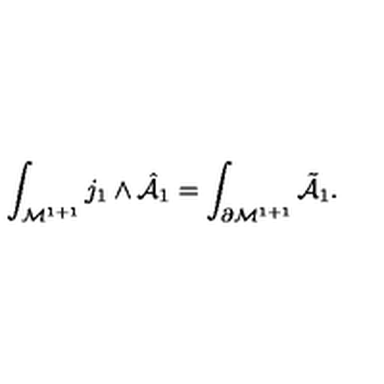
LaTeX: \int _ { { \cal M } ^ { 1 + 1 } } j _ { 1 } \wedge { \hat { \cal A } } _ { 1 } = \int _ { \partial { \cal M } ^ { 1 + 1 } } { \tilde { \cal A } } _ { 1 } .